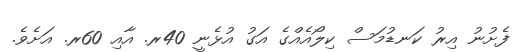
ފެށުނު އިރު ކަނޑުމަސް ކިލޯއެއްގެ އަގު އުޅެނީ 40ރ. އާއި 60ރ. އަށެވެ.